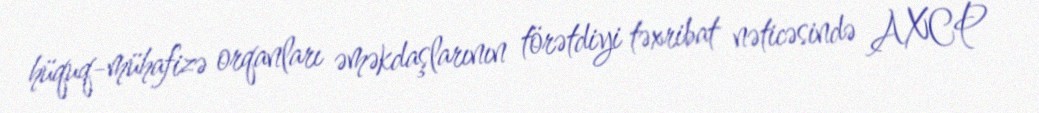
hüquq-mühafizə orqanları əməkdaşlarının törətdiyi təxribat nəticəsində AXCP